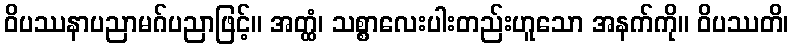
ဝိပဿနာပညာမဂ်ပညာဖြင့်။ အတ္ထံ၊ သစ္စာလေးပါးတည်းဟူသော အနက်ကို။ ဝိပဿတိ၊